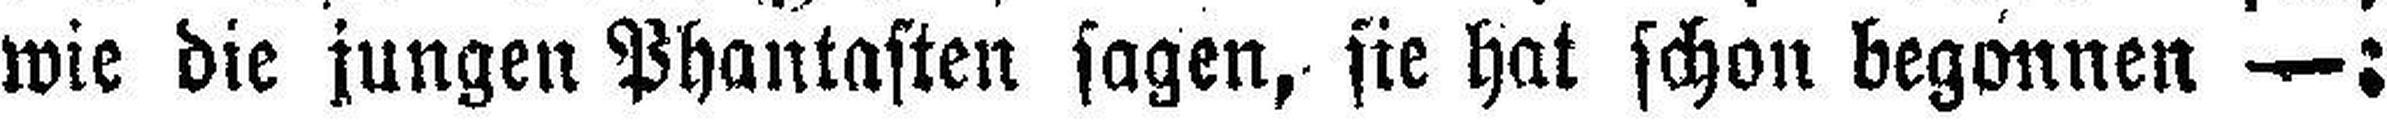
wie die jungen Phantasten sagen, sie hat schon begonnen —: